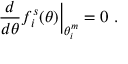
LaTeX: \left. \frac { d } { d \theta } f _ { i } ^ { s } ( \theta ) \right| _ { \theta _ { i } ^ { m } } = 0 \, \, .